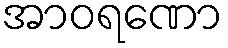
အာဝရဏော